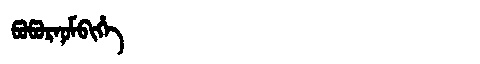
Manchu: ᡦᠣᡦᠣᡵᠨᠣᠮᠪᡳᡥᡝ
Romanization: POPORNOMBIHE